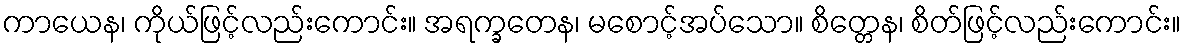
ကာယေန၊ ကိုယ်ဖြင့်လည်းကောင်း။ အရက္ခတေန၊ မစောင့်အပ်သော။ စိတ္တေန၊ စိတ်ဖြင့်လည်းကောင်း။